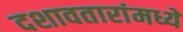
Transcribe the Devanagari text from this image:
दशावतारांमध्ये